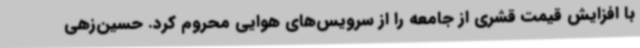
با افزایش قیمت قشری از جامعه را از سرویس‌های هوایی محروم کرد. حسین‌زهی